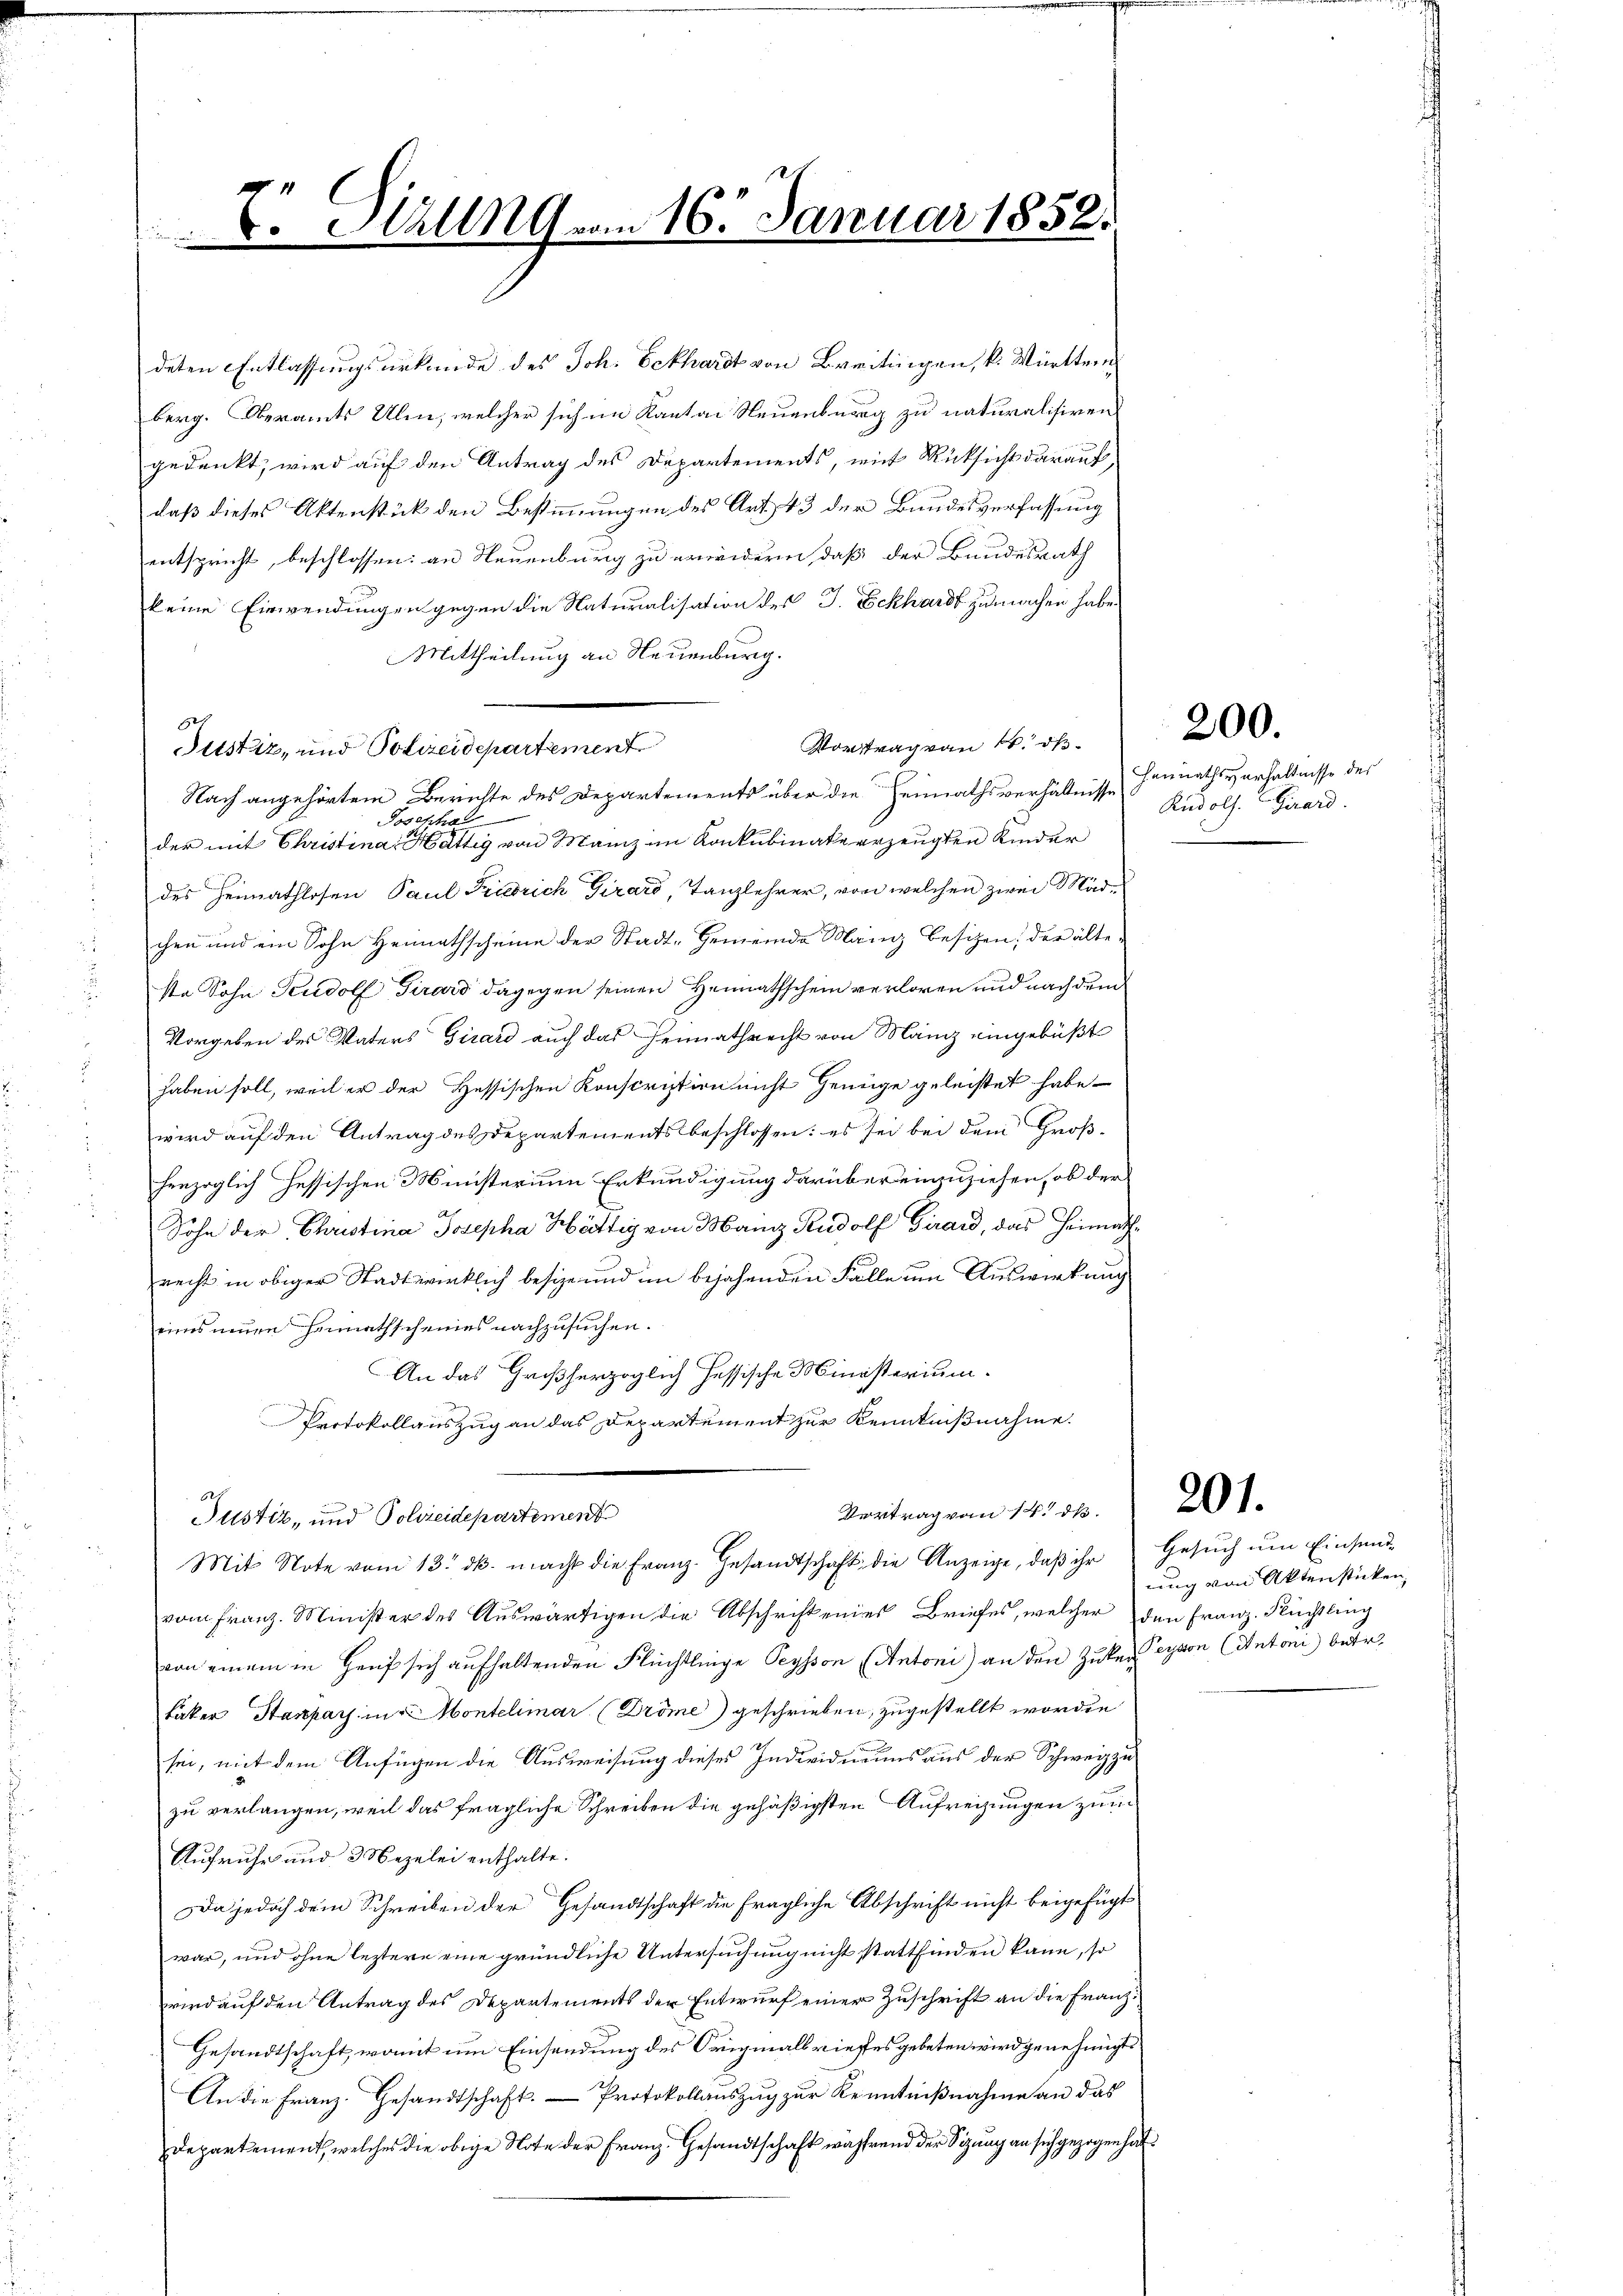
deten Entlassungsurkunde des Joh. Eckhardt von Breitingen, k. Württem
berg. Oberamts Ulm, welcher sich im Kanton Neuenburg zu naturalisiren
gedenkt, wird auf den Antrag des Departements, mit Rücksicht darauf,
daß dieses Aktenstück den Bestimmungen des Art. 43 der Bundesverfassung
entspricht, beschlossen: an Neuenburg zu erwidern, daß der Bundesrath
keine Einwendungen gegen die Naturalisation des J. Eckhardt zu machen habe.
Mittheilung an Neuenburg.
Vortrag von 16. ds.
Altstiz, und Polizeidepartement
Nach angehörtem Berichte des Departements über die Heimathsverhältnisse
Josepha
der mit Christina, Sättig von Manz im Konkubinate erzeugten Kinder
des Heimathlosen Paul Friedrich Girard, Tanzlehrer, von welchen zwei Mädchen und ein Sohn Heimathscheine der Stadt-Gemeinde Mäng besitzen; der älte-
ste Sohn Rudolf Girard dagegen seinen Heimathschein verloren und nach dem
.
Vorgeben des Vaters Girard auch das Hennathrecht von Manz eingebüßt
haben soll, weil er der Hessischen Konscription nicht Genüge geleistet habe
wird auf den Antrag des Departementsbeschlossen: es sei bei dem Großherzoglich hessischen Ministerium Erkundigung darüber einzuziehen, ob der
Sohn der Christina Josepha Hättig von Mann Rudolf Girard, das Heimathrecht in obiger Stadtwirklich besize und im bejahenden Falle um Auswirkung
eines neuen Hennathscheines nachzusuchen.
An das Großherzoglich fessische Ministerium.
Protokollauszug an das Departement zur Kenntnißnahme.
Vortrag vom 14. d.
Justiz, und Polizeidepartement
Mit Note vom 13. dβ. macht die Franz. Gesandtschaft die Anzeige, daβ ihr Gesŭch ŭm Einsend-
vom Franz-Minister des Auswärtigen die Abschrift eines Briefes, welcher den Franz. Flüchtling
von einem in Hauf sich aufhaltenden Flüchtlinge Peysson (Antoni) an den Zukereyvon (Antoni betr.
fäker Stampars in Montelimar (Dröme) geschrieben, zugestellt worden
sei, mit dem Anfügen die Ausweisung dieses Individuums aus der Schweiz zu
zu verlangen, weil das fragliche Schreiben die gehäßigsten Aufreizungen zum
Aufruhe und 3 Nezelei enthalte.
Da jedoch dem Schreiben der Gesandtschaft die fragliche Abschrift nicht beigefügt
war, und ohne leztere eine gründliche Untersuchung nicht stattfinden kann, so
wird auf den Antrag des Departements der Entwurf einer Zuschrift an die Franz¬
Gesandtschaft, womit um Einsendung des Originalbriefes gebeten wird genehmigt.
An die Franz. Gesandtschaft. — Protokollauszug zur Kenntnißnahme an das
Departement, welches die obige Note der Franz. Gesandtschaft während der Sitzung an sich gezogen hat.

e

V. Sitzung vom 16. Januar 185

Hannathsverhältnisse des
Rudolf Girard.
.

200.

201.

ung von Aktenstücken,